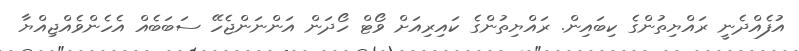
އުފެއްދެނީ ރައްޔިތުންގެ ކިބައިން. ރައްޔިތުންގެ ކައިރިއަށް ވޯޓް ހޯދަން އަންނަންޖެހޭ ސަބަބެއް އެހެންވެއްޖިއްޔާ